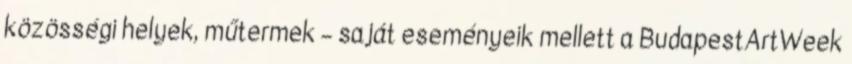
közösségi helyek, műtermek – saját eseményeik mellett a BudapestArtWeek